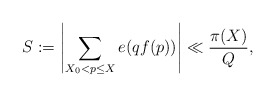
\begin{align*}S := \left| \sum_{ X_0 < p \leq X} e(q f ( p ) ) \right| \ll \frac{\pi(X)}{Q},\end{align*}